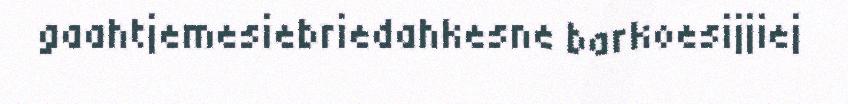
gaahtjemesiebriedahkesne barkoesijjiej